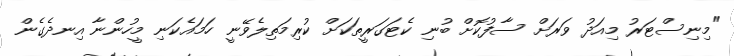
"މިނިސްޓަރު މިއަދު ވަރަށް ސާފުކޮށް ބުނި ކެޓަގަރީތަކަށް ކުރިމަތިލެވޭނީ ހަމައެކަނި މީހުންނާ އިނދެގެން